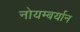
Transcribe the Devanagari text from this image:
नोयम्बर्यान